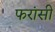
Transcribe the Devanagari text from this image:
फरांसी